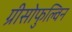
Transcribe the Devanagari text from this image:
ग्रीसोफुल्विन